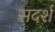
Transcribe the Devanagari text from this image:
सदर्श